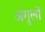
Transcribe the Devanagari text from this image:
अंगुलों